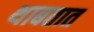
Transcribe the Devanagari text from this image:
थाबतात